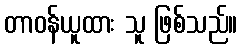
တာဝန်ယူထား သူ ဖြစ်သည်။